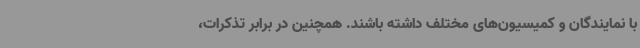
با نمایندگان و کمیسیون‌های مختلف داشته باشند. همچنین در برابر تذکرات،